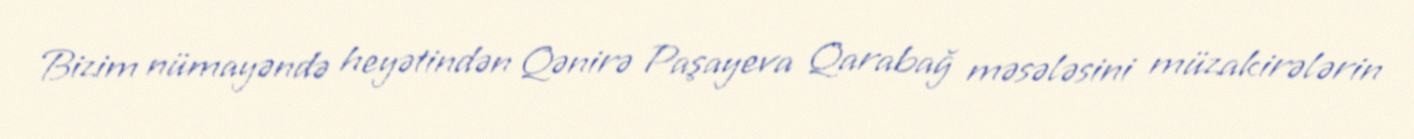
Bizim nümayəndə heyətindən Qənirə Paşayeva Qarabağ məsələsini müzakirələrin